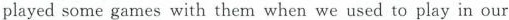
played some games with them when we used to play in our